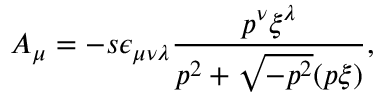
A _ { \mu } = - s \epsilon _ { \mu \nu \lambda } \frac { p ^ { \nu } \xi ^ { \lambda } } { p ^ { 2 } + \sqrt { - p ^ { 2 } } ( p \xi ) } ,